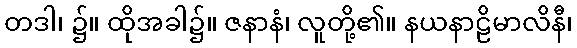
တဒါ၊ ၌။ ထိုအခါ၌။ ဇနာနံ၊ လူတို့၏။ နယနာဠိမာလိနီ၊